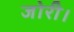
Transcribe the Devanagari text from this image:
जोरी।